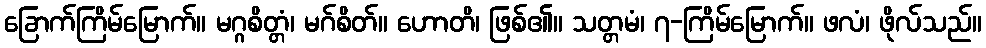
ခြောက်ကြိမ်မြောက်။ မဂ္ဂစိတ္တံ၊ မဂ်စိတ်။ ဟောတိ၊ ဖြစ်၏။ သတ္တမံ၊ ၇-ကြိမ်မြောက်။ ဖလံ၊ ဖိုလ်သည်။